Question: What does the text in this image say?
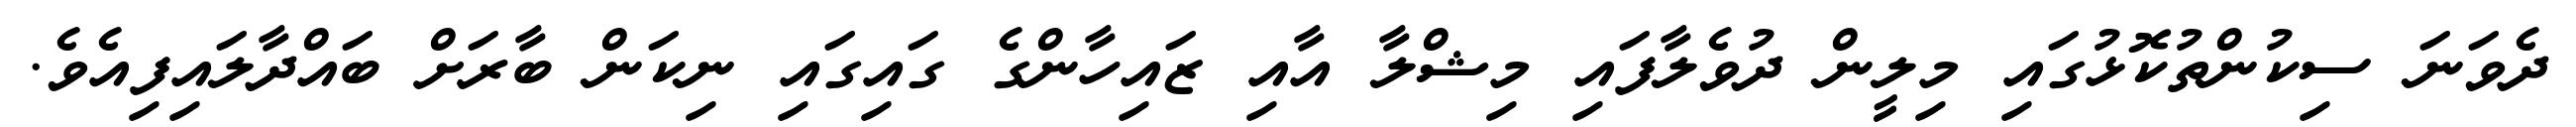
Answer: ދެވަނަ ސިކުންތުކޮޅުގައި މިލީން ދުވެލާފައި މިޝްލާ އާއި ޒައިހާންގެ ގައިގައި ނިކަން ބާރަށް ބައްދާލައިފިއެވެ.